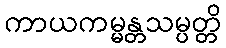
ကာယကမ္မန္တသမ္ပတ္တိ